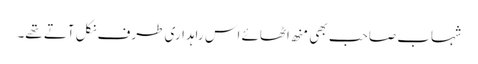
شہاب صاحب بھی منھ اٹھائے اس راہداری طرف نکل آتے تھے۔